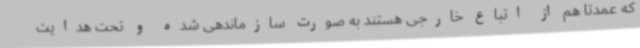
که عمدتا هم از اتباع خارجی هستند به صورت سازماندهی شده و تحت هدایت